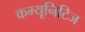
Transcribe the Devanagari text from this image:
कम्यूनिटिज